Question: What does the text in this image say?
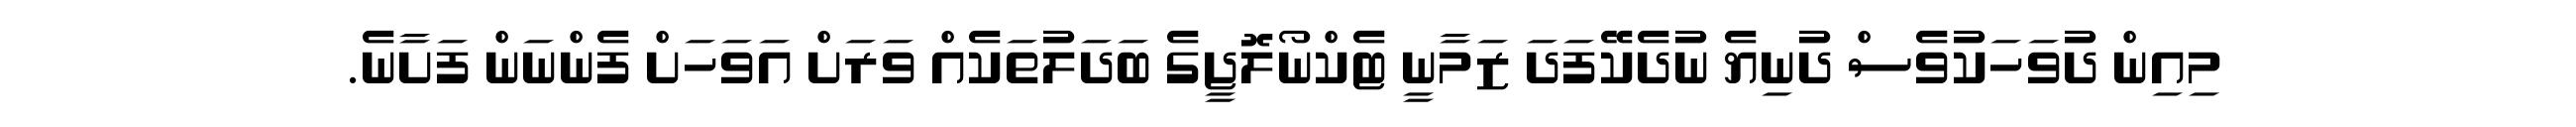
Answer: މިއިން ދުވަހަކުވެސް ދުނިޔެ ނުދެކޭފަދަ ޒަމާނީ ޓެކްނޯލޮޖީގެ ބަދަލުތަކެއް ވަރަށް އަވަހަށް ފެންނަން ފަށާނެ.